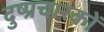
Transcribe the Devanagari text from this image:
दुष्प्रचारकों